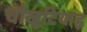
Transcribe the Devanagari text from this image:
चौखुटियाहृ